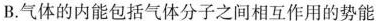
B.气体的内能包括气体分子之间相互作用的势能